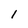
Character: I